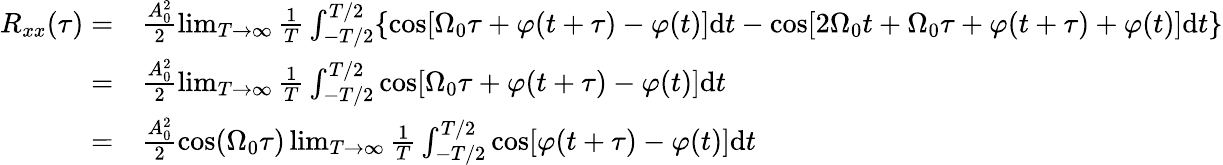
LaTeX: \begin{array}{rl}{R_{xx}(\tau)=}&{{}\frac{A_{0}^{2}}{2}\operatorname*{lim}_{T\rightarrow\infty}\frac{1}{T}\int_{-T/2}^{T/2}\{ \mathrm{cos}[\Omega_{0}\tau+\varphi(t+\tau)-\varphi(t)]\mathrm{d}t-\mathrm{cos}[2\Omega_{0}t+\Omega_{0}\tau+\varphi(t+\tau)+\varphi(t)]\mathrm{d}t\} }\\ {=}&{{}\frac{A_{0}^{2}}{2}\operatorname*{lim}_{T\rightarrow\infty}\frac{1}{T}\int_{-T/2}^{T/2}\mathrm{cos}[\Omega_{0}\tau+\varphi(t+\tau)-\varphi(t)]\mathrm{d}t}\\ {=}&{{}\frac{A_{0}^{2}}{2}\mathrm{cos}(\Omega_{0}\tau)\operatorname*{lim}_{T\rightarrow\infty}\frac{1}{T}\int_{-T/2}^{T/2}\mathrm{cos}[\varphi(t+\tau)-\varphi(t)]\mathrm{d}t}\end{array}